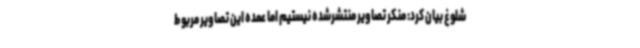
شلوغ بیان کرد: منکر تصاویر منتشرشده نیستیم اما عمده این تصاویر مربوط